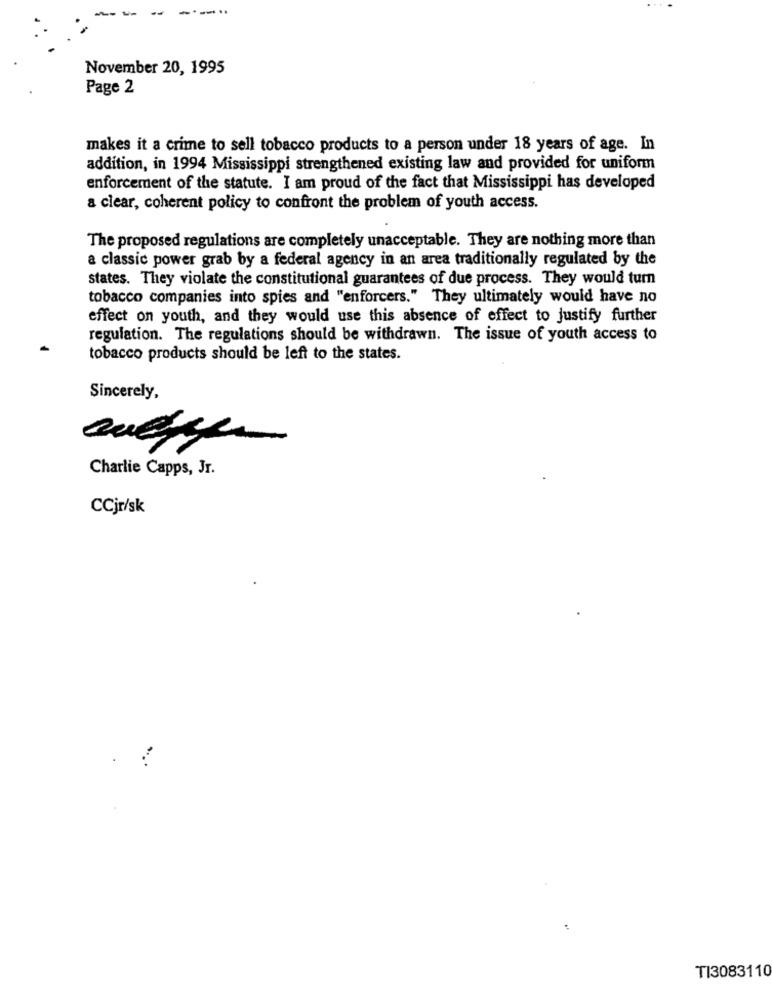
--..
November 20, 1995
Page 2
makes it a crime to sell tobacco products to a person under 18 years of age. In
addition, in 1994 Mississippi strengthened existing law and provided for uniform
enforcement of the statute. I am proud of the fact that Mississippi has developed
a clear, coherent policy to confront the problem of youth access.
The proposed regulations are completely unacceptable. They are nothing more than
a classic power grab by a federal agency in an area traditionally regulated by the
states. They violate the constitutional guarantees of due process. They would turn
tobacco companies into spies and "enforcers." They ultimately would have no
effect on youth, and they would use this absence of effect to justify further
regulation. The regulations should be withdrawn. The issue of youth access to
tobacco products should be left to the states.
Sincerely,
Charlie Capps, Jr.
CCjr/sk
TI3083110